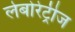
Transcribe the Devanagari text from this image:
लेबोरेट्रीज